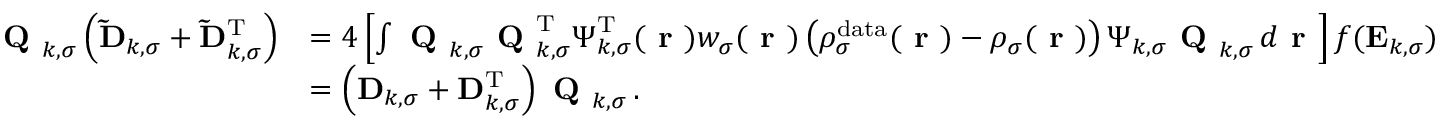
\begin{array} { r l } { \textbf { Q } _ { k , \sigma } \left( \mathbf { \widetilde { D } } _ { k , \sigma } + \mathbf { \widetilde { D } } _ { k , \sigma } ^ { \mathrm { T } } \right) } & { = 4 \left[ \int \textbf { Q } _ { k , \sigma } \textbf { Q } _ { k , \sigma } ^ { \mathrm { T } } \boldsymbol { \Psi } _ { k , \sigma } ^ { \mathrm { T } } ( \boldsymbol { \textbf { r } } ) w _ { \sigma } ( \boldsymbol { \textbf { r } } ) \left( \rho _ { \sigma } ^ { \mathrm { d a t a } } ( \boldsymbol { \textbf { r } } ) - \rho _ { \sigma } ( \boldsymbol { \textbf { r } } ) \right) \boldsymbol { \Psi } _ { k , \sigma } \textbf { Q } _ { k , \sigma } \, d \boldsymbol { \textbf { r } } \right] f ( \mathbf { E } _ { k , \sigma } ) } \\ & { = \left( \mathbf { D } _ { k , \sigma } + \mathbf { D } _ { k , \sigma } ^ { \mathrm { T } } \right) \textbf { Q } _ { k , \sigma } \, . } \end{array}